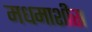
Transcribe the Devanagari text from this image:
मधमाशीस